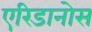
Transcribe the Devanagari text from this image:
एरिडानोस